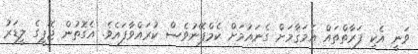
ވަނީ އެކި ފަރާތްތައް އެމަޤާމަށް ގެނައުމަށް ކެމްޕޭނުވެސް ކުރައްވާފައެވެ. އެގޮތުން ޖޭޕީގެ ލީޑަރު